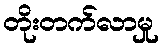
တိုးတက်လာမှု